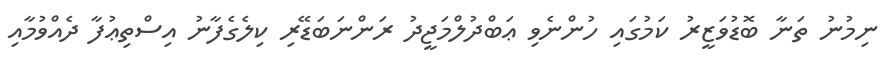
ނިމުނު ތަނާ ބޮޑުވަޒީރު ކަމުގައި ހުންނެވި ޢަބްދުލްމަޖީދު ރަންނަބަޑޭރި ކިލެގެފާނު އިސްތިޢުފާ ދެއްވުމާއި